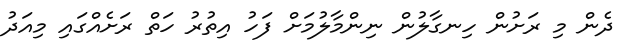
ދެން މި ރަށުން ހިނގާލުން ނިންމާލުމަށް ފަހު އިތުރު ހަތް ރަށެއްގައި މިއަދު